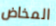
المخاض